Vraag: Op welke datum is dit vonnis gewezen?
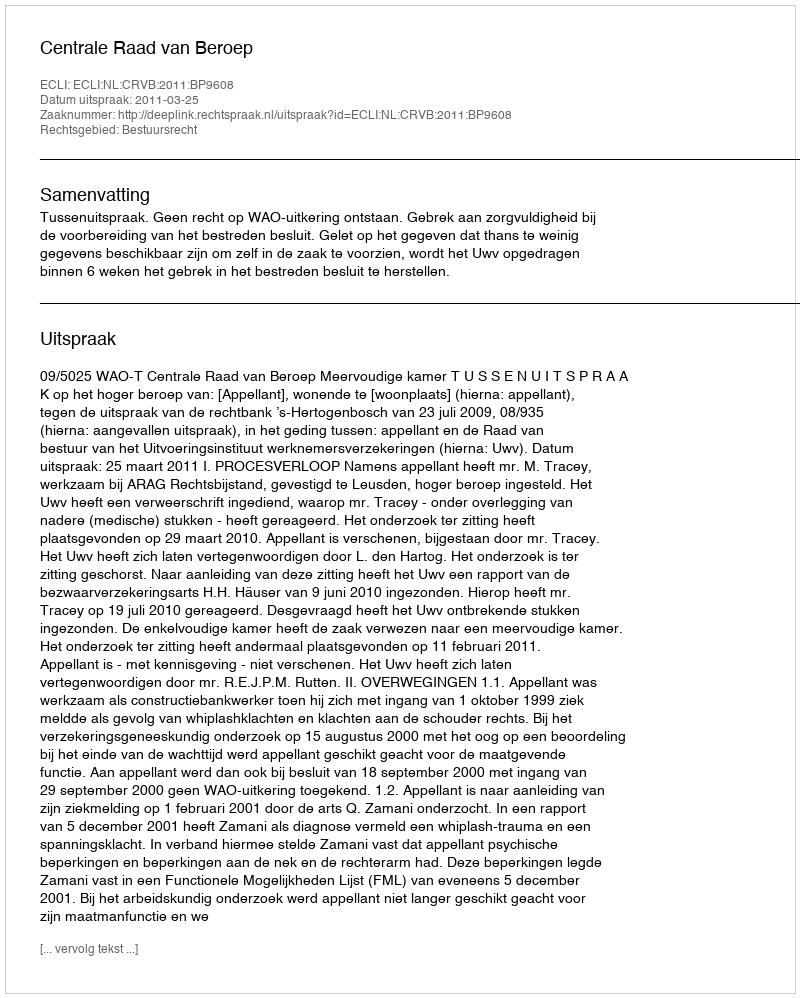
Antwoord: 2011-03-25